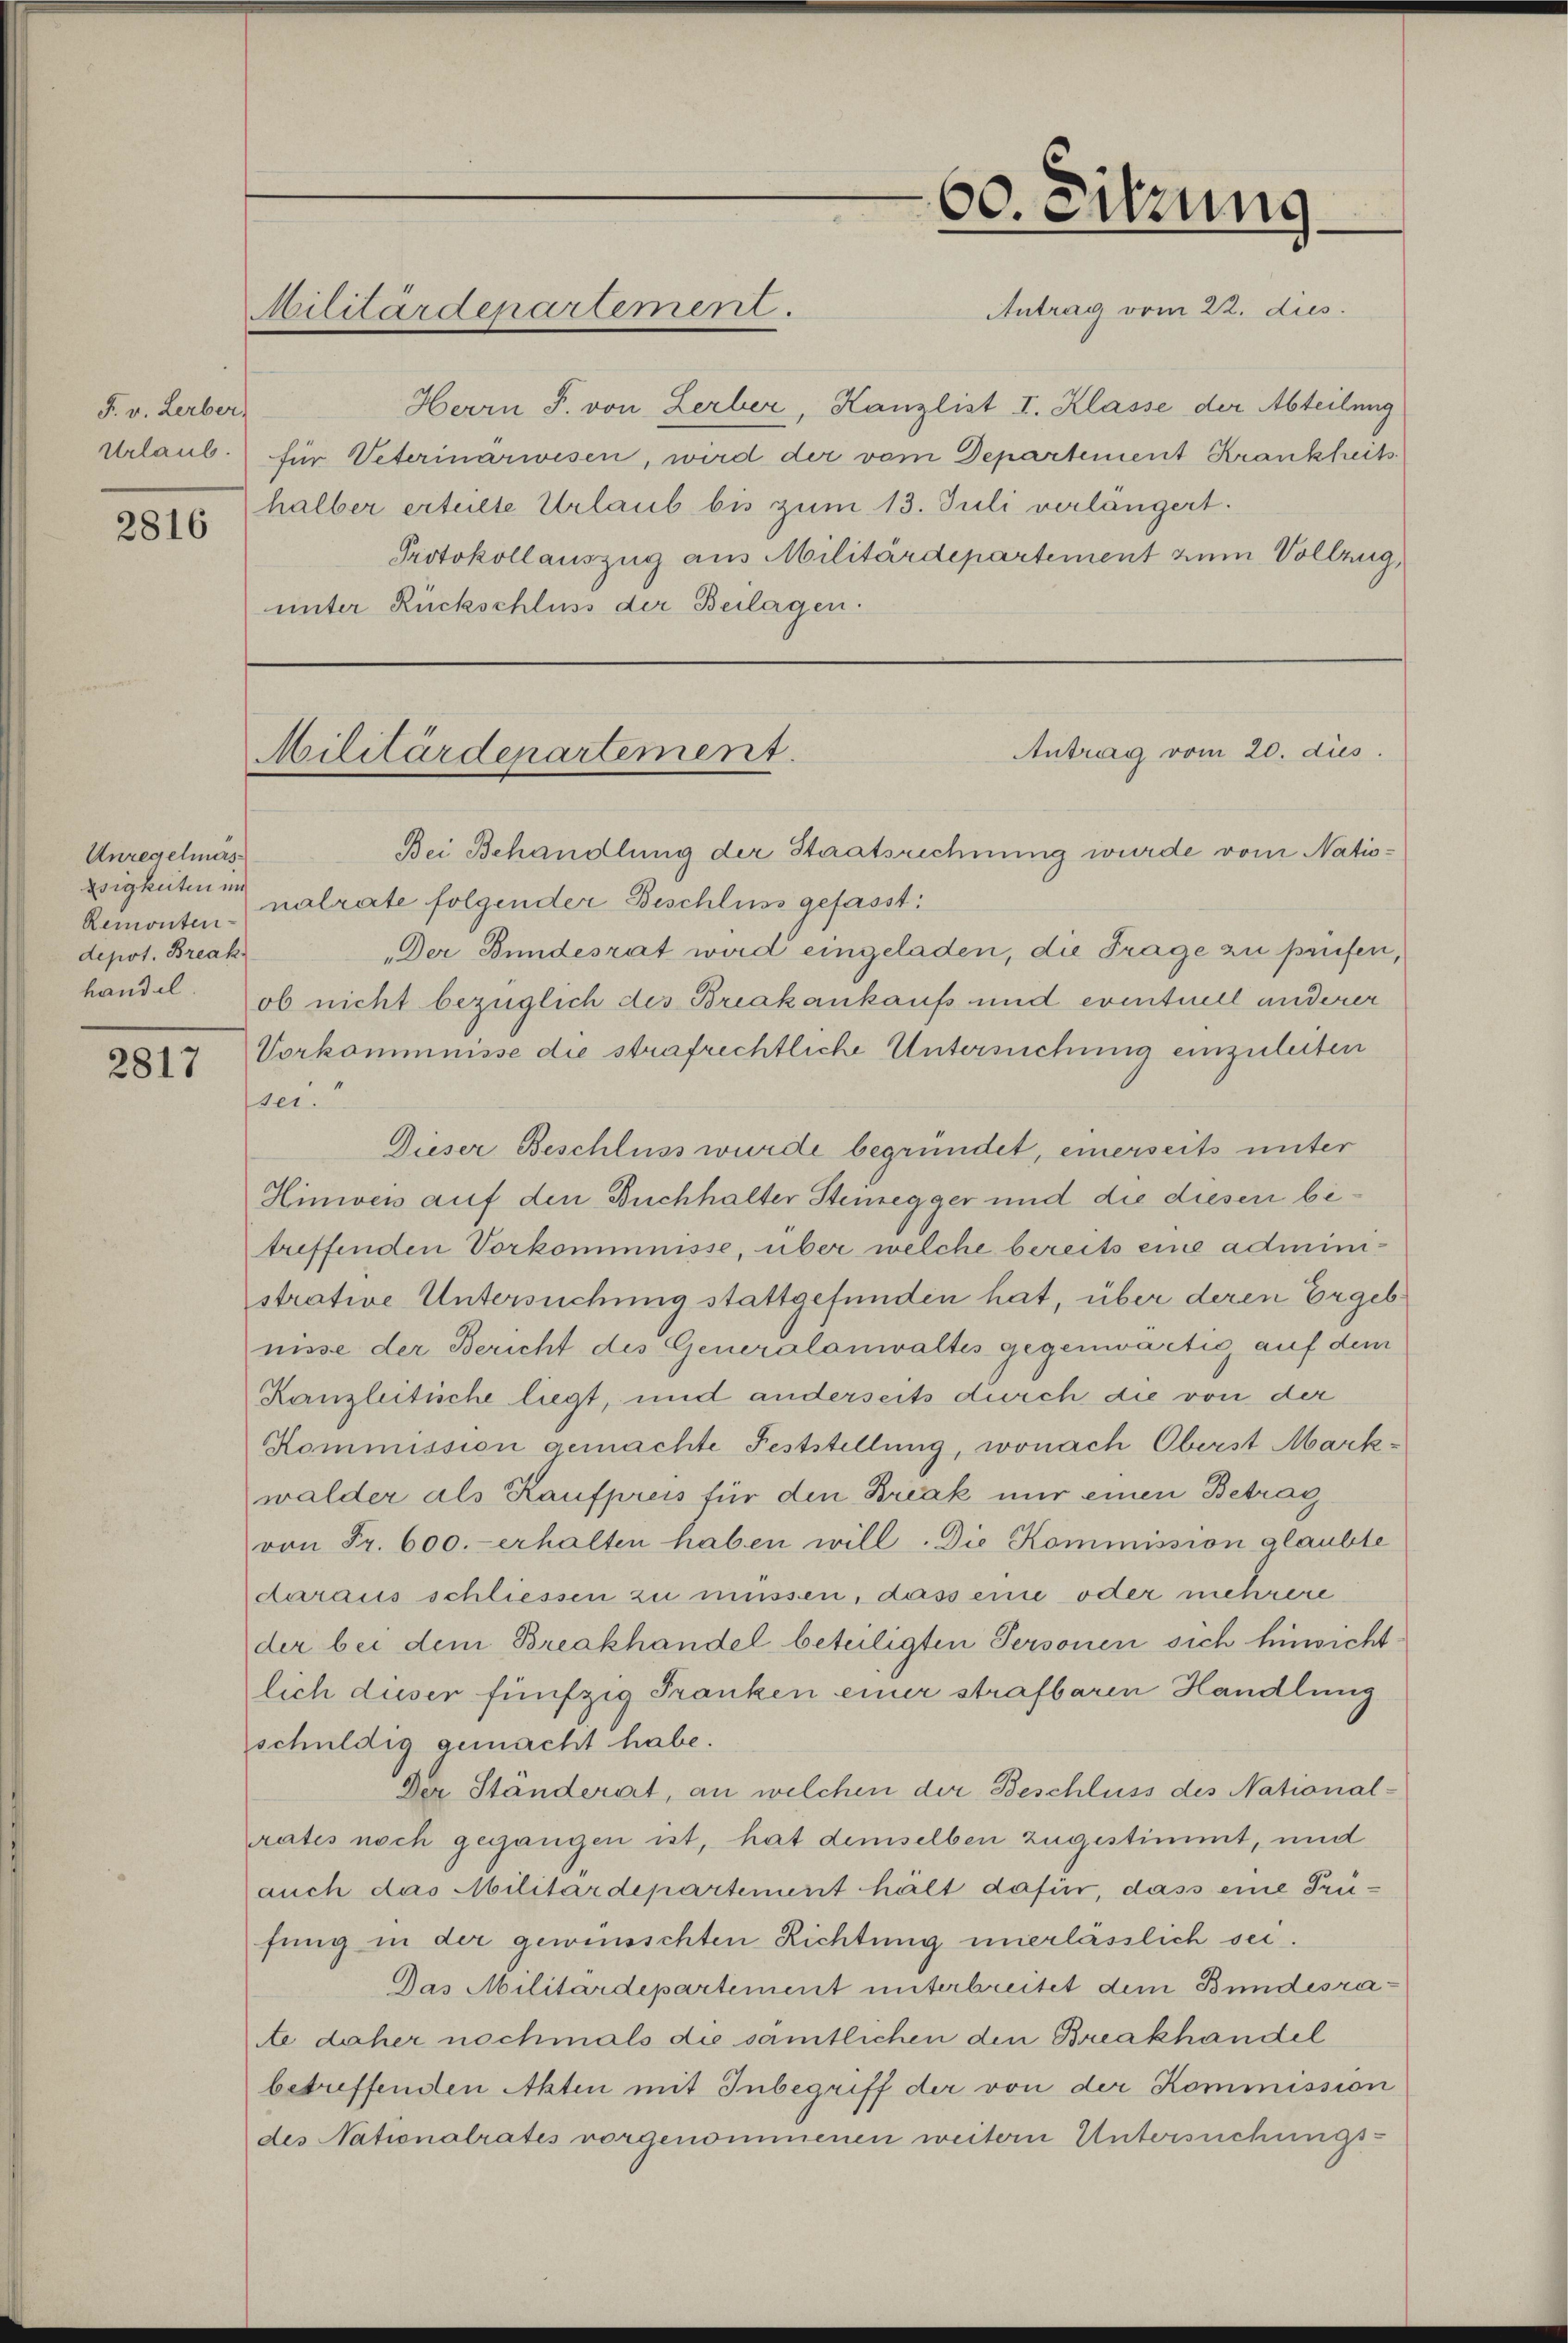
F. v. Lerber,
Urlaub.
2816

Unregelmäszsigkeiten in
Remonten-
depot. Break

2817

Militärdepartement.

60. Sitzung
Antrag vom 22. dies

Herrn F. von Lerber, Kanzlist I. Klasse der Abteilung
für Veterinarwesen, wird der vom Departement Krankheits
halber erteilte Urlaub bis zum 13. Juli verlängert.
Protokollauszug aus Militärdepartement zum Vollzug,
unter Rückschluss der Beilagen.

Antrag vom 20. dies
Militärdepartement.

Bei Behandlung der Staatsrechnung wurde vom Nationalrate folgender Beschluss gefasst:
Der Bundesrat wird eingeladen, die Frage zu prüfen,
handel ob nicht bezüglich des Briakankaufs und eventuell anderer
Vorkommnisse die strafrechtliche Untersuchung einzuleiten
ser.
Dieser Beschluss wurde begründet, einerseits unter
Hinien auf den Buchhalter Stenegger und die diesen betreffenden Vorkommnisse, über welche bereits eine administrative Untersuchung stattgefunden hat, über deren Ergebnisse der Bericht des Generalanwaltes gegenwärtig auf dem
Kanzleitische liegt, und anderseits durch die von der
Kommission gemachte Feststellung, wonach Oberst Markwalder als Kaufpreis für den Break nur einen Betrag
von Fr. 600.- erhalten haben will. Die Kommission glaubte
daraus schliessen zu müssen, dass eine oder mehrere
der bei dem Breakhandel beteiligten Personen sich hinwichtlich dieser fünfzig Franken einer strafbaren Handlung
schuldig gemacht habe.
Der Ständerat, an welchen der Beschluss des National-
rates noch gegangen ist, hat demselben zugestimmt, und
auch das Militärdepartement hält dafür, dass eine Prüfung in der gewünschten Richtung unerlässlich sei.
Das Militärdepartement unterbreitet dem Bundesrate daher nochmals die sämtlichen den Breakhandel
betreffenden Akten mit Inbegriff der von der Kommission
des Nationalrates vorgenommenen weitern Untersuchungs-